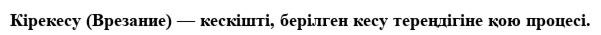
Кірекесу (Врезание) — кескішті, берілген кесу тереңдігіне қою процесі.